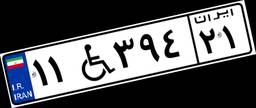
۱۱W۳۹۴۲۱